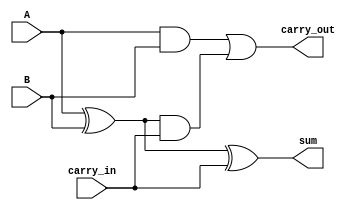
module full_adder (
    input A, B , carry_in,
    output carry_out , sum
); 
    assign sum = (A ^ B ) ^ carry_in;
    assign carry_out = (A & B) | ((A ^ B) & carry_in); 
    
endmodule